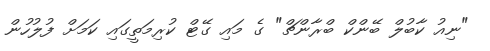
"ނިއު ކާބުލް ބޭންކް ބްރާންޗް" ގެ މައި ގޭޓް ކުރިމަތީގައި ކަމަށް ފުލުހުން